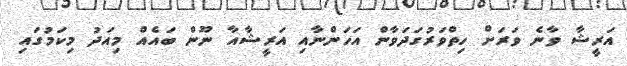
އަރީޝާ ވާނެ ވަރަށް ހިތްވަރުގަދަވާން އަހަންނާއި އަރީޝާއާ ނޫން ބައެއް މިއަދު މިކަމުގައި